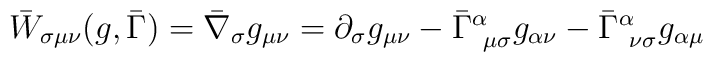
\bar{W}_{\sigma \mu \nu}(g, \bar{\Gamma})= \bar{\nabla}_\sigma g_{\mu \nu } = \partial_\sigma g_{\mu \nu }- \bar{\Gamma}^\alpha_{~\mu \sigma} g_{\alpha \nu}- \bar{\Gamma}^\alpha_{~\nu \sigma} g_{\alpha \mu}